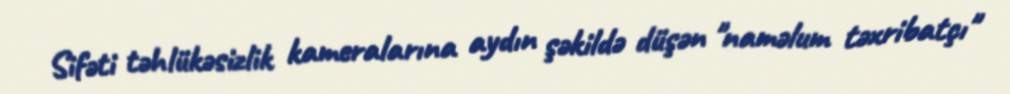
Sifəti təhlükəsizlik kameralarına aydın şəkildə düşən "naməlum təxribatçı"